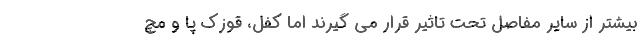
بیشتر از سایر مفاصل تحت تاثیر قرار می گیرند اما کفل، قوزک پا و مچ